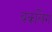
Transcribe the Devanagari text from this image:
बकलिंग